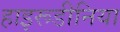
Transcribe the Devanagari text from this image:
हाइरूडीनिया